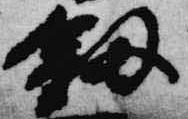
釼